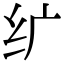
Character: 纩